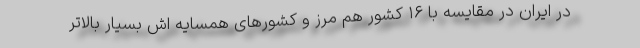
در ایران در مقایسه با ۱۶ کشور هم مرز و کشورهای همسایه اش بسیار بالاتر